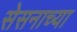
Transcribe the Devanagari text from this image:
सेसनाच्या